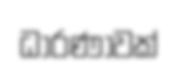
ධාරණාවක්